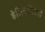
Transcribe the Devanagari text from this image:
हेलिकॉपटरों